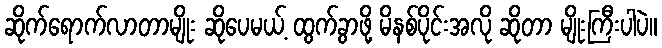
ဆိုက်ရောက်လာတာမျိုး ဆိုပေမယ့် ထွက်ခွာဖို့ မိနစ်ပိုင်းအလို ဆိုတာ မျိုးကြီးပါပဲ။